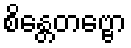
စိန္တေတဗ္ဗော